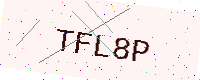
Text: TFL8P